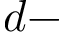
d -